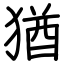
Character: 猶